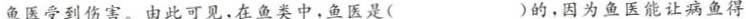
鱼医受到伤害。由此可见，在鱼类中，鱼医是( )的，因为鱼医能让病鱼得